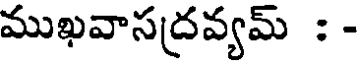
ముఖవాసద్రవ్యమ్ : -